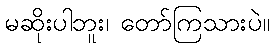
မဆိုးပါဘူး၊ တော်ကြသားပဲ။